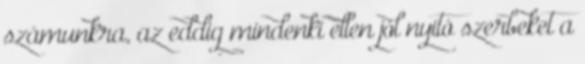
számunkra, az eddig mindenki ellen jól nyitó szerbeket a